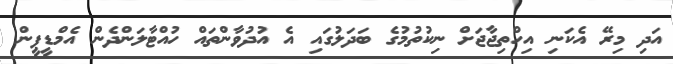
އަދި މިރޭ އެކަނި އިހްތިޖާޖަށް ނިކުތުމުގެ ބަދަލުގައި އެ އުދުވާންތައް ހުއްޓާލަންދެން އެމްޑީޕީން